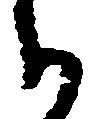
郎